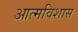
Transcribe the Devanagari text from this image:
आत्मविशास